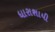
ધારાશાયી